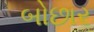
બોછાર